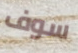
سوف